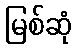
မြစ်ဆုံ